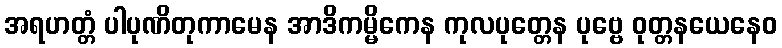
အရဟတ္တံ ပါပုဏိတုကာမေန အာဒိကမ္မိကေန ကုလပုတ္တေန ပုဗ္ဗေ ဝုတ္တနယေနေဝ